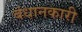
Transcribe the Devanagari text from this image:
बंधानकारी